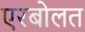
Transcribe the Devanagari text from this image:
एरबोलत